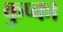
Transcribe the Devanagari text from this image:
कुप्का